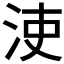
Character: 𣳪